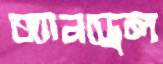
অ্যানড্রেল